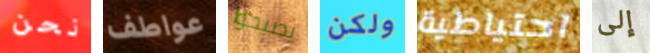
نحن عواطف يصبحوا ولكن احتياطية إلى